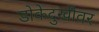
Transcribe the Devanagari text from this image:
डोकेदुखीवर